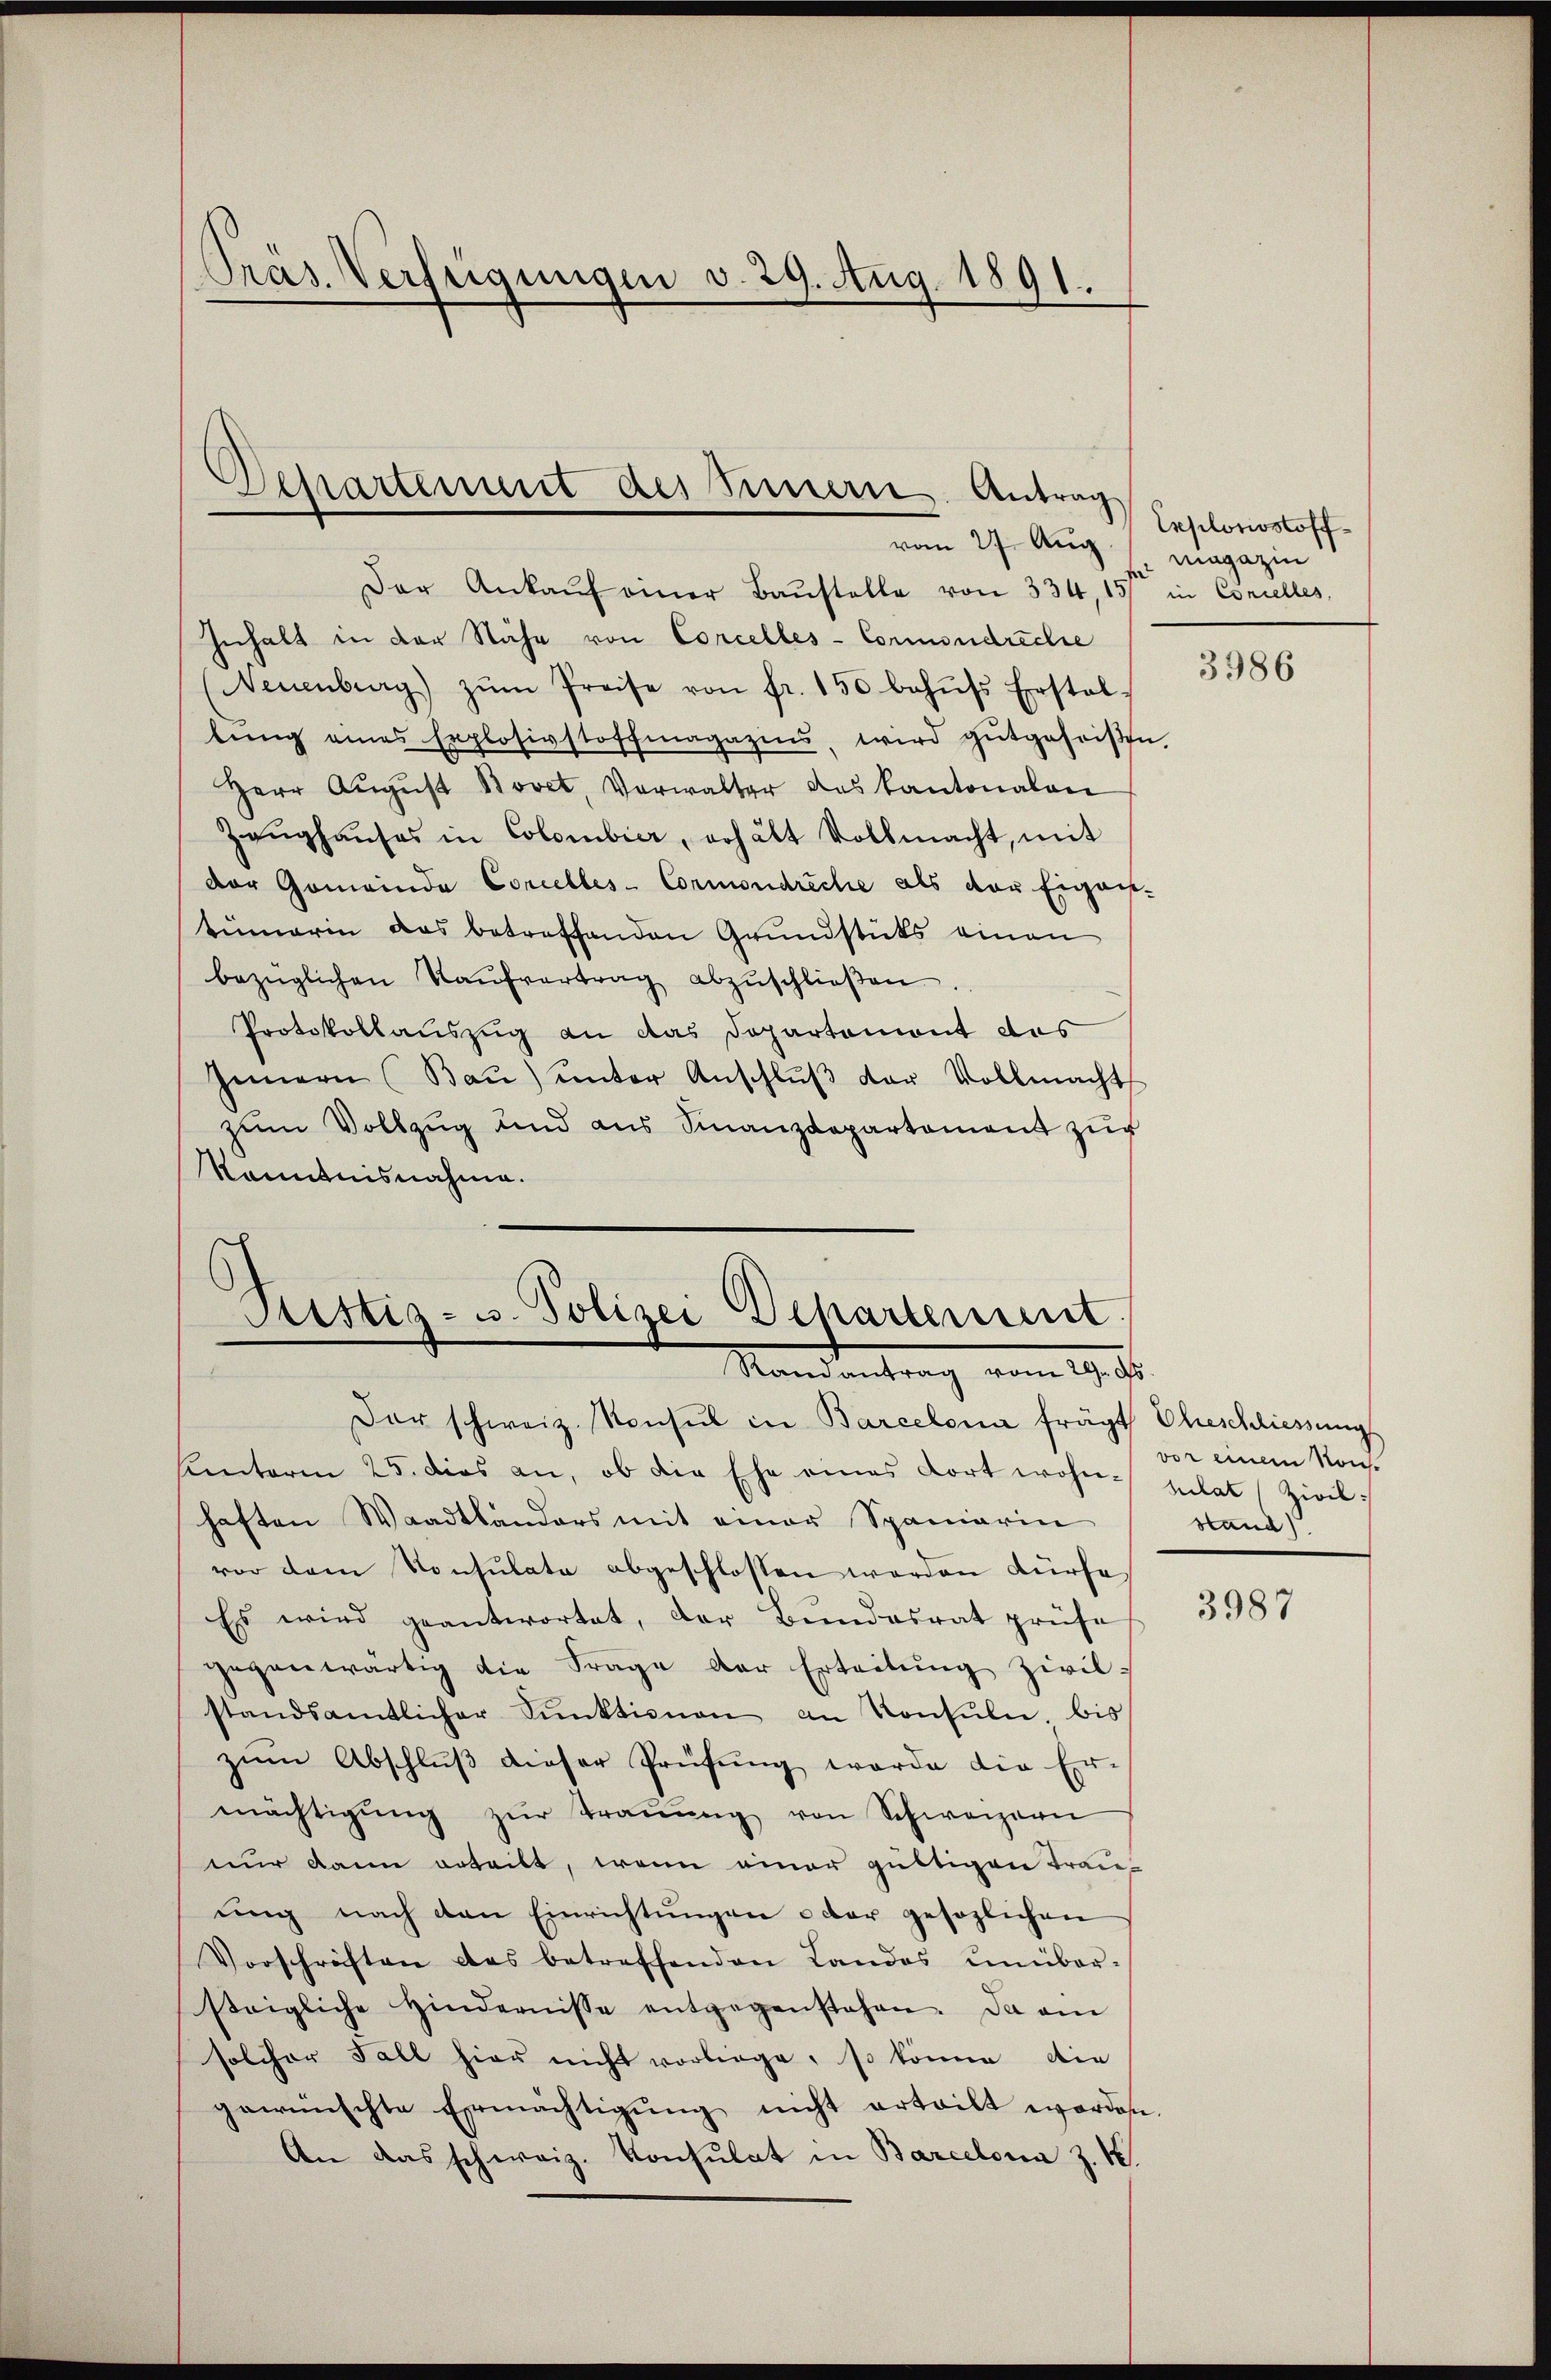
Präs. Verfügungen v. 29. Aug. 1891.

Der Ankaŭf einer Baŭstelle von 334, 151 in Concelles,
Inhalt in der Nähe von Corcelles-Commondreche
Neuenburg) zŭm Preise von fr. 150 behŭfs Erstal-
lŭng eines Explosivstoffmagazins, wird gutgeheißen.
Herr Aŭgŭst Bovet, Verwalter das Kantonalen
Zeŭghaŭses in Colombier, erhält Vollmacht, mit
der Gemeinde Concelles- Cormondreche als der Eigens-
tümerin das betreffenden Grundstücks einen
bezüglichen Kaŭfvertrag abzŭschlieβen.
Protokollauszug an das Departement des
Innern (Baŭ) unter Anschlŭβ der Vollmacht
zŭm Vollzug und aus Finanzdepartement zŭr
Kenntnisnahme.

.
istiz- u. Polizei Departement
Randantrag vom 29. ds.

Departement des Innern Antrag
vom 27. Aug. Magazin

Der schweiz. Konsul in Barcelona frägt Eheschliessungs
Kentoren 25. dies an, ob die Ehe eines dort wohn- pulat (Zivil
haften Waadtländers mit einer Spaniarin
vor dem Konsulate abgeschlossen werden dürfe
Es wird geantwortet, der Bundesrat prüfe
gegenwärtig die Frage der Erteilung zivil-
standsamtlicher Punktionen an Konsuln, bis
zŭm Abschlŭβ dieser Prüfŭng werde die Er-
mächtigŭng zŭr Traŭŭng von Schweizern
nur dann erteilt, wenn einer gültigen Trau-
ŭng nach den Einrichtŭngen oder gesezlichen
Vorschriften das betreffenden Landos unüber-
steigliche Hindernisse entgegenstehen. Da ein
solcher Fall hier nicht vorliege, so könne, die
gewünschte Ermächtigŭng nicht erteilt werden.
An das schweiz. Konsulat in Barcelona z. K.

Explosiostoff

3986

vor einem von.
stand d

3987